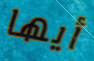
أيها